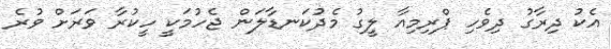
އެކު ދިރާގު ދިވެހި ޕްރިމިއާ ލީގު މެދުކަނޑާލަން ޖެހުމަކީ ހީކުރާ ވަރަށް ވުރެ